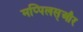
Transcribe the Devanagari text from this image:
मप्पिलस्और